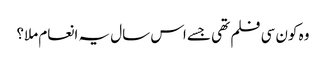
وہ کون سی فلم تھی جسے اس سال یہ انعام ملا؟